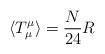
LaTeX: \begin{align*}\langle T^{\mu}_{\mu} \rangle = {N\over 24} R\end{align*}